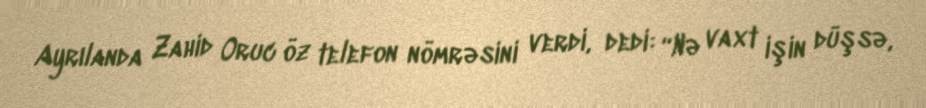
Ayrılanda Zahid Oruc öz telefon nömrəsini verdi, dedi: “Nə vaxt işin düşsə,